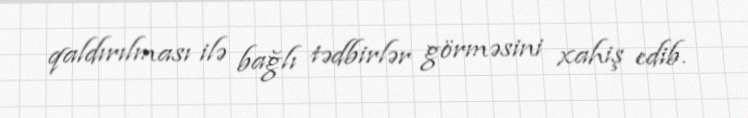
qaldırılması ilə bağlı tədbirlər görməsini xahiş edib.